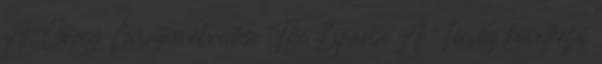
A. Corey Leviatán ébredése The Expanse A Térség következő